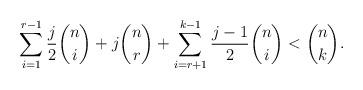
LaTeX: \begin{align*}\sum_{i=1}^{r-1} \frac{j}{2} \binom{n}{i}+ j \binom{n}{r}+\sum_{i=r+1}^{k-1} \frac{j-1}{2} \binom{n}{i}<\binom{n}{k}.\end{align*}